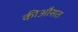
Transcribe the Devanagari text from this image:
कीऔसत